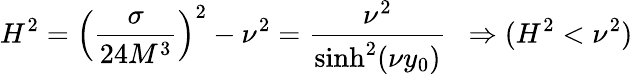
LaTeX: H^{2}=\left(\frac{\sigma}{24M^{3}}\right)^{2}-\nu^{2}=\frac{\nu^{2}}{\sinh^{2}(\nu y_{0})}\, \, \, \Rightarrow(H^{2}<\nu^{2})